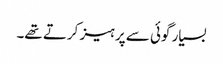
بسیار گوئی سے پرہیز کرتے تھے۔